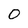
Character: O